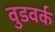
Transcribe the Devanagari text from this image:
वुडवर्क